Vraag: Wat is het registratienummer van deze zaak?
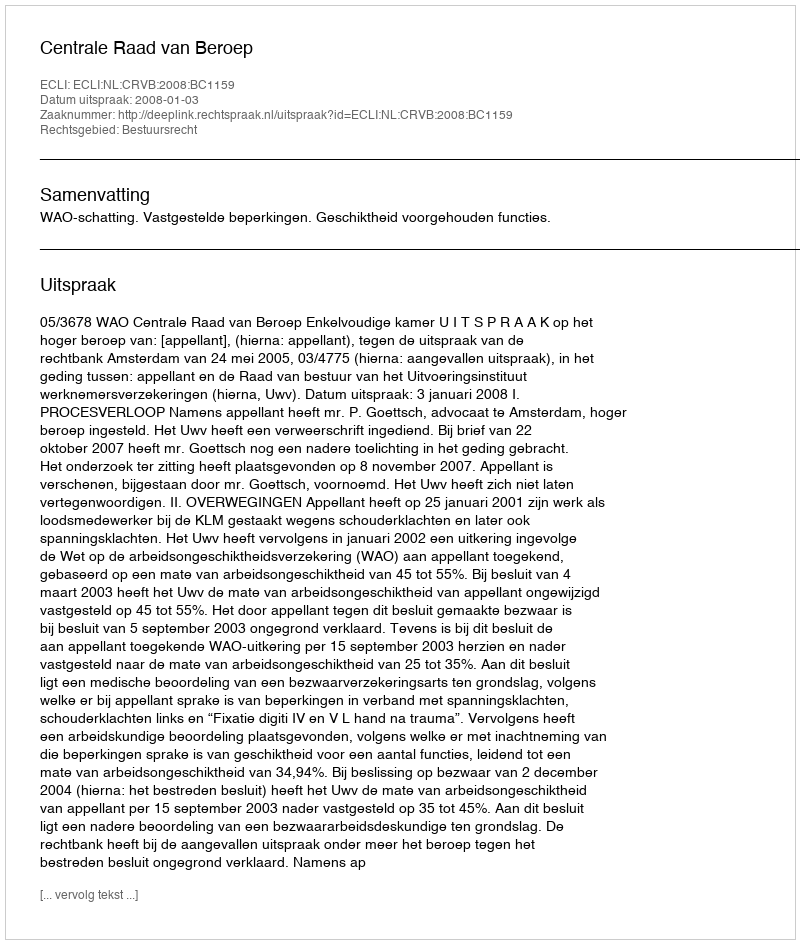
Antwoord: http://deeplink.rechtspraak.nl/uitspraak?id=ECLI:NL:CRVB:2008:BC1159